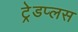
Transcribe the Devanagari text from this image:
ट्रेडप्लस